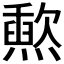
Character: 𬋐